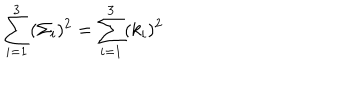
\sum _ { i = 1 } ^ { 3 } ( \Sigma _ { i } ) ^ { 2 } = \sum _ { i = 1 } ^ { 3 } ( k _ { i } ) ^ { 2 }